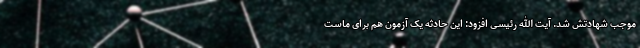
موجب شهادتش شد. آیت الله رئیسی افزود: این حادثه یک آزمون هم برای ماست